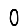
Digit: 0